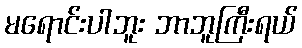
မရောင်းပါဘူး ဘာဘူကြီးရယ်